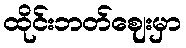
ထိုင်းဘတ်ဈေးမှာ